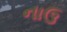
નાઉ